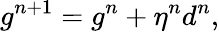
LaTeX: g^{n+1}=g^{n}+\eta^{n}d^{n},